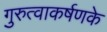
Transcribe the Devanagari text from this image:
गुरुत्वाकर्षणके